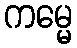
ကမ္မေ